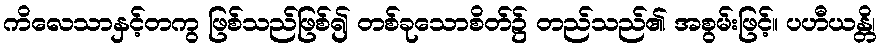
ကိလေသာနှင့်တကွ ဖြစ်သည်ဖြစ်၍ တစ်ခုသောစိတ်၌ တည်သည်၏ အစွမ်းဖြင့်။ ပဟီယန္တိ၊